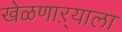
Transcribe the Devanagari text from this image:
खेळणाऱ्याला